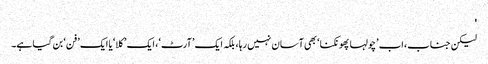
'
لیکن جناب، اب ’چولہا پھونکنا‘ بھی آسان نہیں رہا، بلکہ ایک ’آرٹ‘، ایک ’کلا‘ یا ایک ’فن‘ بن گیا ہے۔